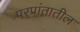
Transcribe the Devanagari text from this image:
परप्रांतातील